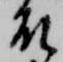
殿